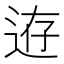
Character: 𨒸